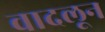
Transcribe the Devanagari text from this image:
वादलून